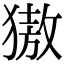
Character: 獓